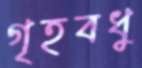
গৃহবধু